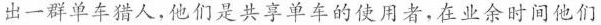
出一群单车猎人，他们是共享单车的使用者，在业余时间他们